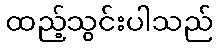
ထည့်သွင်းပါသည်